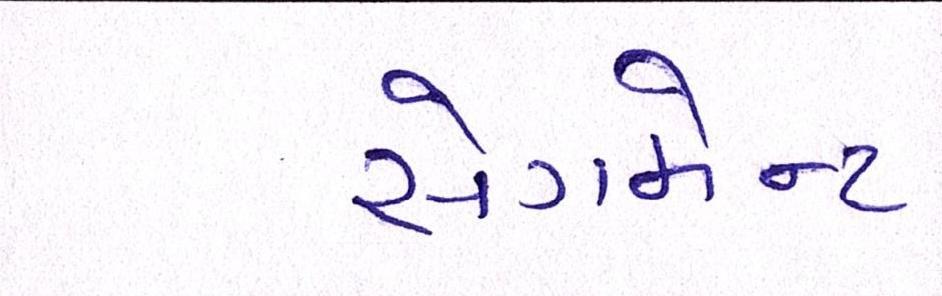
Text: સેગમેન્ટ